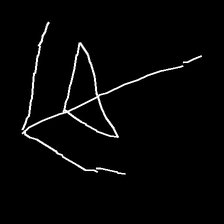
Glyph: pull